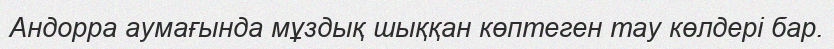
Андорра аумағында мұздық шыққан көптеген тау көлдері бар.